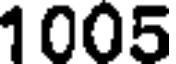
1005